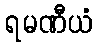
ရမဏီယံ